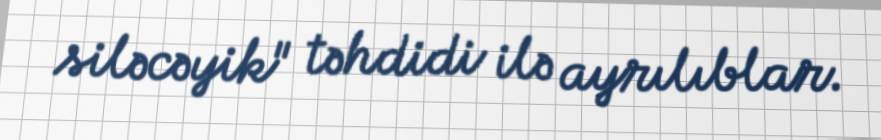
siləcəyik" təhdidi ilə ayrılıblar.